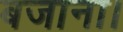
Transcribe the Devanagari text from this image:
बजाना।